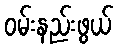
ဝမ်းနည်းဖွယ်